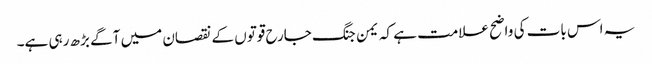
یہ اس بات کی واضح علامت ہے کہ یمن جنگ جارح قوتوں کے نقصان میں آگے بڑھ رہی ہے۔